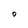
Character: O